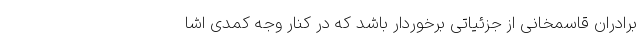
برادران قاسمخانی از جزئیاتی برخوردار باشد که در کنار وجه کمدی اشا